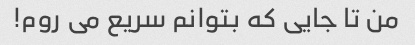
من تا جایی که بتوانم سریع می روم!